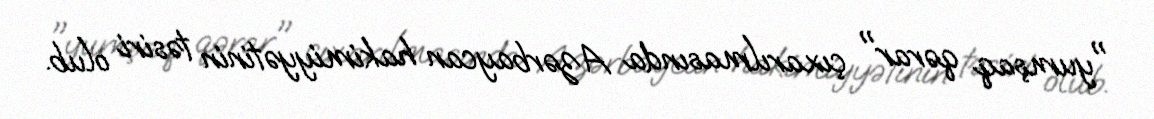
"yumşaq qərar" çıxarılmasında Azərbaycan hakimiyyətinin təsiri olub.